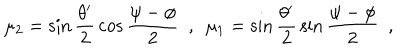
\mu _ { 2 } = \sin \frac { \theta ^ { \prime } } { 2 } \, \cos \frac { \psi - \phi } { 2 } ~ ~ , ~ ~ \mu _ { 1 } = \sin \frac { \theta ^ { \prime } } { 2 } \, \sin \frac { \psi - \phi } { 2 } ~ ~ ,